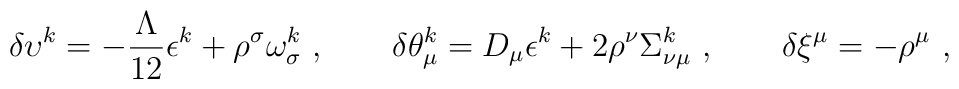
\delta \upsilon^k = - \frac{\Lambda}{12} \epsilon^k +\rho^\sigma\omega^k_\sigma  \ ,\qquad  \delta \theta_{\mu}^k = D_{\mu} \epsilon^k                      + 2  \rho^{\nu} \Sigma_{\nu \mu}^k \ ,\qquad    \delta \xi^{\mu} = - \rho^{\mu} \ ,